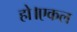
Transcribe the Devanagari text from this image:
हो।एकल